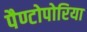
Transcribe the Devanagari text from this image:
पैण्टोपोरिया